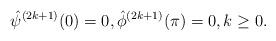
LaTeX: \begin{align*}\hat{\psi}^{(2k+1)}(0) = 0, \hat{\phi}^{(2k+1)}(\pi) = 0,k \geq 0.\end{align*}